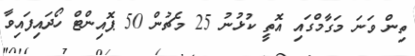
ތިން ވަނަ މަގާމްގައި އޮތީ ކުޅުނު 25 މެޗުން 50 ޕޮއިންޓް ހޯދައިފައިވާ